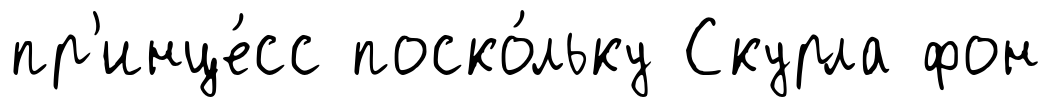
пр'инце́сс поско́льку Скурла фон